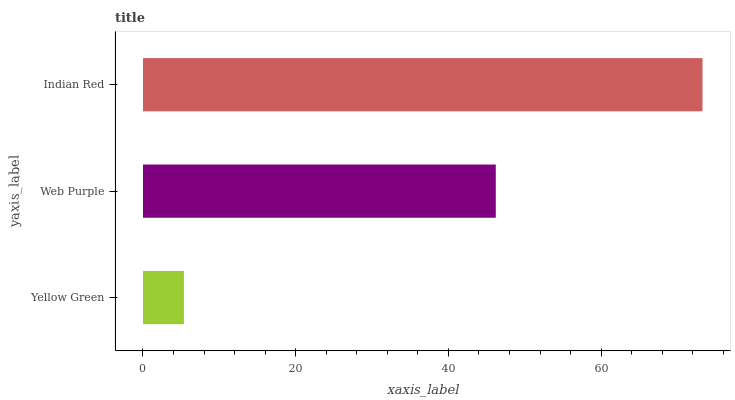
| yaxis_label | bars |
 | --- | --- |
 | Yellow Green | 5.36 |
 | Web Purple | 46.2 |
 | Indian Red | 73.3 |